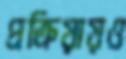
প্রক্রিয়ায়ও